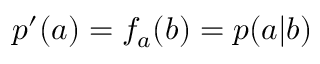
p ^ { \prime } ( a ) = f _ { a } ( b ) = p ( a | b )